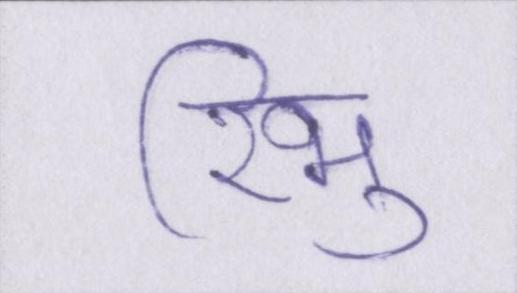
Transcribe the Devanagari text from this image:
रिभु